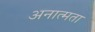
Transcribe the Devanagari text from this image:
अनात्मता